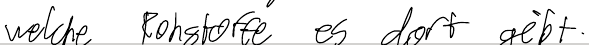
welche Rohstoffe es dort gibt.